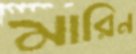
মারিন